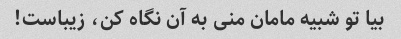
بیا تو شبیه مامان منی به آن نگاه کن، زیباست!